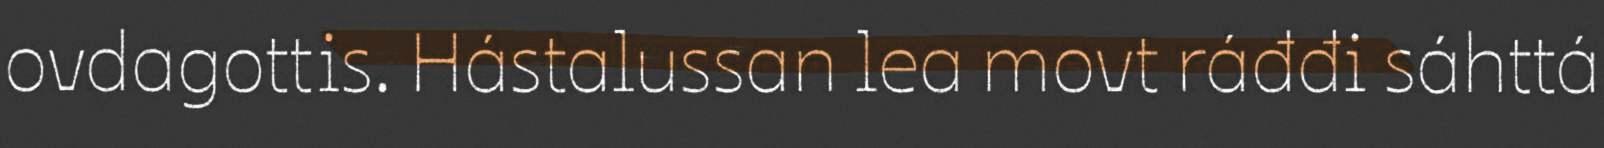
ovdagottis. Hástalussan lea movt ráđđi sáhttá